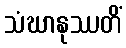
သံဃာနုဿတိံ